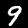
Label: 9